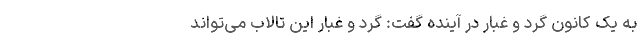
به یک کانون گرد و غبار در آینده گفت: گرد و غبار این تالاب می‌تواند